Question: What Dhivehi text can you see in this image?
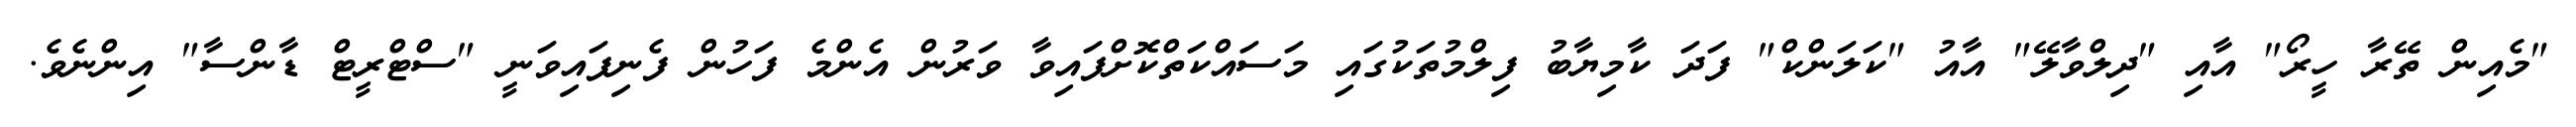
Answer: "މެއިން ތޭރާ ހީރޯ" އާއި "ދިލްވާލޭ" އާއު "ކަލަންކް" ފަދަ ކާމިޔާބު ފިލްމުތަކުގައި މަސައްކަތްކޮށްފައިވާ ވަރުން އެންމެ ފަހުން ފެނިފައިވަނީ "ސްޓްރީޓް ޑާންސާ" އިންނެވެ.